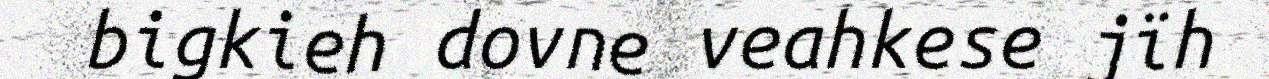
bigkieh dovne veahkese jïh